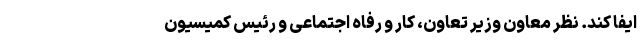
ایفا کند. نظر معاون وزیر تعاون، کار و رفاه اجتماعی و رئیس کمیسیون